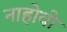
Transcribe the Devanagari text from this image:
नाहोवो